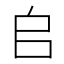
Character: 𠂤